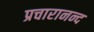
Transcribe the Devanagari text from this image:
प्रचारानन्द